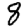
Digit: 8